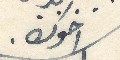
اخوك.